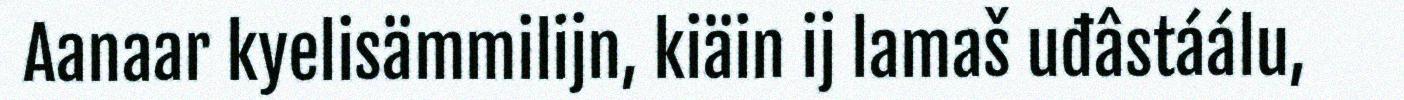
Aanaar kyelisämmilijn, kiäin ij lamaš uđâstáálu,